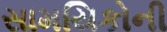
સામયિકોની